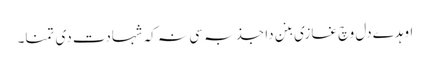
اوہدے دل وچ غازی بنن دا جذبہ سی نہ کہ شہادت دی تمنا۔